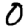
Digit: 0